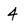
Character: 4